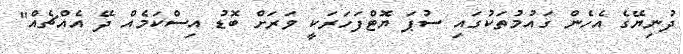
ދުނިޔޭގެ އެހެން ގައުމުތަކުގައި ސުޕަ ޔޮޓްފަހަރަކީ ވަރަށް ބޮޑު އިސްކަމެއް ދޭ އެއްޗެއް"